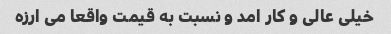
خیلی عالی و کار امد و نسبت به قیمت واقعا می ارزه